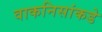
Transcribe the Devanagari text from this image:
वाकनिसांकडे